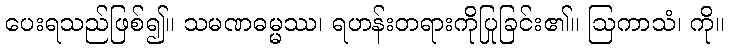
ပေးရသည်ဖြစ်၍။ သမဏဓမ္မဿ၊ ရဟန်းတရားကိုပြုခြင်း၏။ ဩကာသံ၊ ကို။